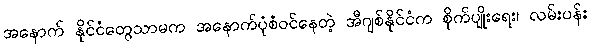
အနောက် နိုင်ငံတွေသာမက အနောက်ပုံစံဝင်နေတဲ့ အီဂျစ်နိုင်ငံက စိုက်ပျိုးရေး၊ လမ်းပန်း